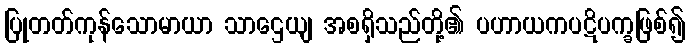
ပြုတတ်ကုန်သောမာယာ သာဌေယျ အစရှိသည်တို့၏ ပဟာယကပဋိပက္ခဖြစ်၍